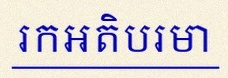
រកអតិបរមា